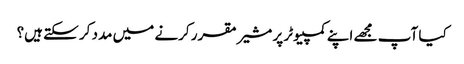
کیا آپ مجھے اپنے کمپیوٹر پر مشیر مقرر کرنے میں مدد کر سکتے ہیں؟